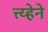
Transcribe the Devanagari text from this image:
त्त्य्हेने